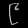
Digit: ၉